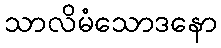
သာလိမံသောဒနော